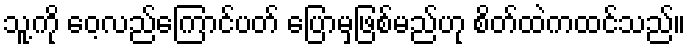
သူ့ကို ဝေ့လည်ကြောင်ပတ် ပြောမှဖြစ်မည်ဟု စိတ်ထဲကထင်သည်။